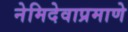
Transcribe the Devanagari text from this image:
नेमिदेवाप्रमाणे